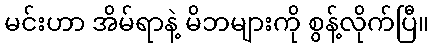
မင်းဟာ အိမ်ရာနဲ့ မိဘများကို စွန့်လိုက်ပြီ။